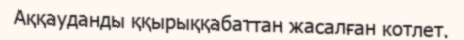
Аққауданды ққырыққабаттан жасалған котлет.